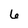
Character: 6